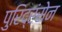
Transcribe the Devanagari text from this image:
पुरिद्रंसेन